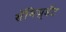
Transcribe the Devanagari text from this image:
सॅमिज़्डॅट